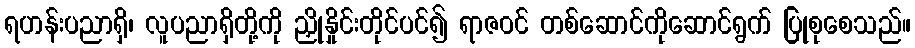
ရဟန်းပညာရှိ၊ လူပညာရှိတို့ကို ညှိုနှိုင်းတိုင်ပင်၍ ရာဇဝင် တစ်ဆောင်ကိုဆောင်ရွက် ပြုစုစေသည်။